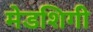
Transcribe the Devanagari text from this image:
मेडशिगी